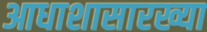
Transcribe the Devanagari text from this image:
आधाशासारख्या